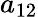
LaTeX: a_{\mathrm{12}}